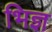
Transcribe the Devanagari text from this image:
भिज्ञ